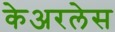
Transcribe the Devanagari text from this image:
केअरलेस